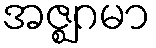
အဇ္ဈဂမာ